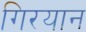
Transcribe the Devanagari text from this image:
गिरयान